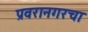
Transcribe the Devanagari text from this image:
प्रवरानगरचा